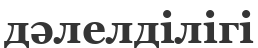
дәлелділігі